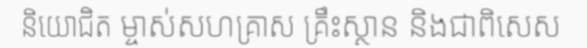
និយោជិត ម្ចាស់សហគ្រាស គ្រឹះស្ថាន និងជាពិសេស